Scottish Leaving Certificate Examination, 1955
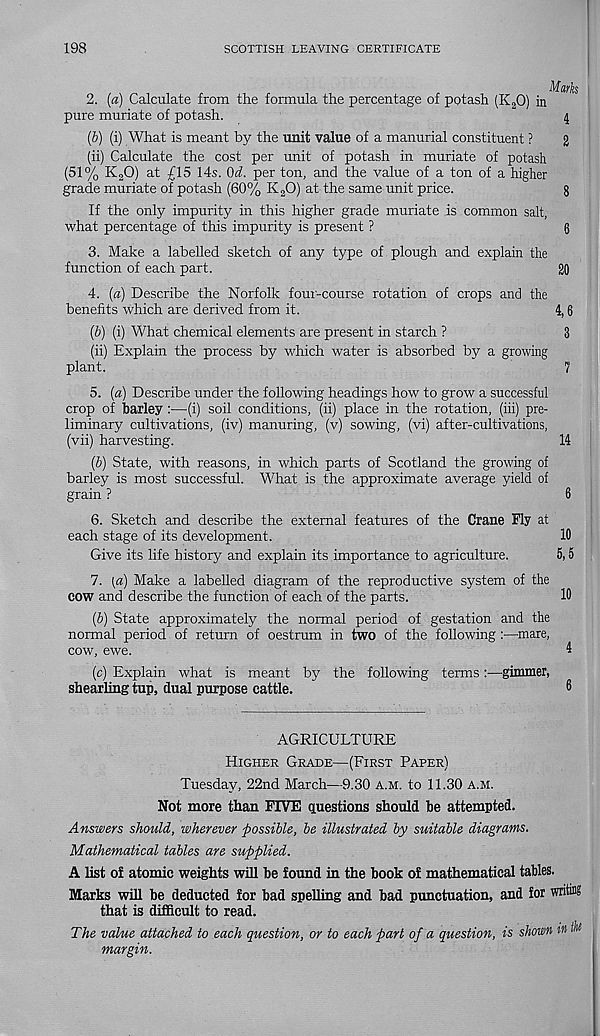
198
SCOTTISH LEAVING CERTIFICATE
Mark
2. (a) Calculate from the formula the percentage of potash (K 2 0) in
pure muriate of potash.
4
(6) (i) What is meant by the unit value of a manurial constituent ?
g
(ii) Calculate the cost per unit of potash in muriate of potash
(51% K 2 0) at £15 14s. Od. per ton, and the value of a ton of a higher
grade muriate of potash (60% K 2 0) at the same unit price.
g
If the only impurity in this higher grade muriate is common salt,
what percentage of this impurity is present ?
g
3. Make a labelled sketch of any type of plough and explain the
function of each part.
20
4. (a) Describe the Norfolk four-course rotation of crops and the
benefits which are derived from it.
4,6
(6) (i) What chemical elements are present in starch ?
3
(ii) Explain the process by which water is absorbed by a growing
plant.
7
5. (a) Describe under the following headings how to grow a successful
crop of barley :—(i) soil conditions, (ii) place in the rotation, (iii) pre-
liminary cultivations, (iv) manuring, (v) sowing, (vi) after-cultivations,
(vii) harvesting.
14
(b) State, with reasons, in which parts of Scotland the growing of
barley is most successful. What is the approximate average yield of
grain ?
6
6. Sketch and describe the external features of the Crane Fly at
each stage of its development.
10
Give its life history and explain its importance to agriculture.
5,5
7. (a) Make a labelled diagram of the reproductive system of the
cow and describe the function of each of the parts.
10
(b) State approximately the normal period of gestation and the
normal period of return of oestrum in two of the following :—mare,
cow, ewe.
4
(c) Explain what is meant by the following terms:—gimmer,
shearling tup, dual purpose cattle.
0
AGRICULTURE
Higher Grade—(First Paper)
Tuesday, 22nd March—9.30 a.m. to 11.30 a.m.
Not more than FIVE cpiestions should be attempted.
Answers should, wherever possible, be illustrated by suitable diagrams.
Mathematical tables are supplied.
A list of atomic weights will be found in the book of mathematical tables.
Marks will be deducted for bad spelling and bad punctuation, and for wrM
that is difficult to read.
The value attached to each question, or to each part of a question, is shown in A 1
margin.